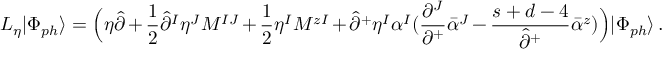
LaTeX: { \cal L } _ { \eta } | \Phi _ { p h } \rangle = \Bigl ( \eta \hat { \partial } + \frac { 1 } { 2 } \hat { \partial } ^ { I } \eta ^ { J } M ^ { I J } + \frac { 1 } { 2 } \eta ^ { I } M ^ { z I } + \hat { \partial } ^ { + } \eta ^ { I } \alpha ^ { I } ( \frac { \partial ^ { J } } { \partial ^ { + } } \bar { \alpha } ^ { J } - \frac { s + d - 4 } { \hat { \partial } ^ { + } } \bar { \alpha } ^ { z } ) \Bigr ) | \Phi _ { p h } \rangle \, .